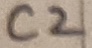
Text: C2